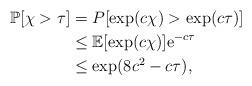
LaTeX: \begin{align*} \mathbb P[\chi>\tau] & = P[\exp(c\chi)>\exp(c\tau)] \\& \leq \mathbb E[ \exp(c\chi )] {\mathrm e}^{-c \tau} \\& \leq \exp(8c^2-c\tau),\end{align*}